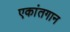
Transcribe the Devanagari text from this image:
एकांतगान